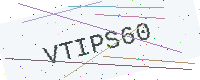
Text: VTIPS60